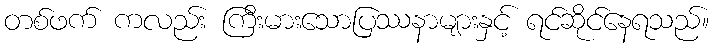
တစ်ဖက် ကလည်း ကြီးမားသောပြဿနာများနှင့် ရင်ဆိုင်နေရသည်။